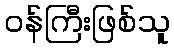
ဝန်ကြီးဖြစ်သူ